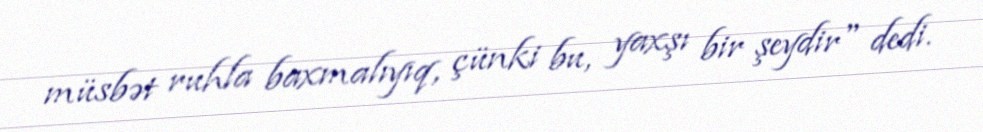
müsbət ruhla baxmalıyıq, çünki bu, yaxşı bir şeydir" dedi.